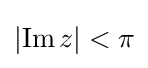
\left|\operatorname {Im} z\right|<\pi